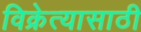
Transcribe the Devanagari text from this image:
विक्रेत्यासाठी